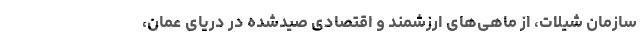
سازمان شیلات، از ماهی‌های ارزشمند و اقتصادی صیدشده در دریای عمان،